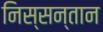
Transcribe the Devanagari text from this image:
निस्सन्तान